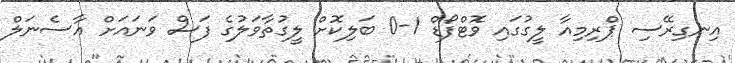
އިނގިރޭސި ޕްރިމިއާ ލީގުގައި ވޮޓްފޯޑް 1-0 ބަލިކޮށް ލީގުތާވަލުގެ ފަސް ވަނައަށް އާސެނަލް